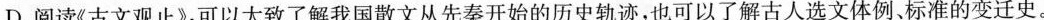
D.阅读《古文观止》，可以大致了解我国散文从先秦开始的历史轨迹，也可以了解古人选文体例、标准的变迁史。